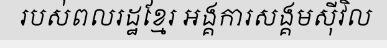
របស់ពលរដ្ឋខ្មែរ អង្គការសង្គមស៊ីវិល